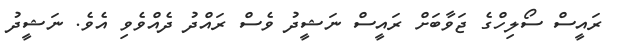
ރައީސް ސޯލިހްގެ ޖަވާބަށް ރައީސް ނަޝީދު ވެސް ރައްދު ދެއްވެވި އެވެ. ނަޝީދު